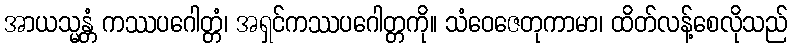
အာယသ္မန္တံ ကဿပဂေါတ္တံ၊ အရှင်ကဿပဂေါတ္တကို။ သံဝေဇေတုကာမာ၊ ထိတ်လန့်စေလိုသည်